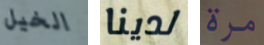
الخيل لدينا مرة